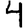
Digit: 4